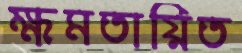
ক্ষমতায়িত